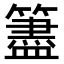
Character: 𥵧